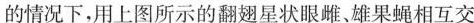
的情况下，用上图所示的翻翅星状眼雌、雄果蝇相互交